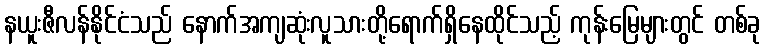
နယူးဇီလန်နိုင်ငံသည် နောက်အကျဆုံးလူသားတို့ရောက်ရှိနေထိုင်သည့် ကုန်းမြေများတွင် တစ်ခု